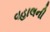
વહાલની